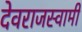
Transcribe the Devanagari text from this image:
देवराजस्वामी